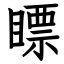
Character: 瞟